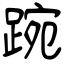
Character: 踠